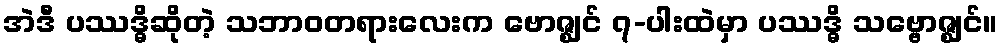
အဲဒီ ပဿဒ္ဓိဆိုတဲ့ သဘာဝတရားလေးက ဗောဇ္ဈင် ၇-ပါးထဲမှာ ပဿဒ္ဓိ သဗ္ဗောဇ္ဈင်။